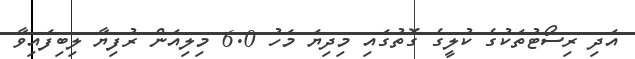
އަދި ރިސޯޓުތަކުގެ ކުލީގެ ގޮތުގައި މިދިޔަ މަހު 6.0 މިލިއަން ރުފިޔާ ލިބިފައިވާ